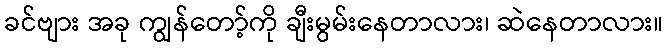
ခင်ဗျား အခု ကျွန်တော့်ကို ချီးမွမ်းနေတာလား၊ ဆဲနေတာလား။